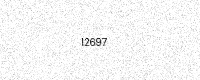
Text: I2697